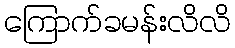
ကြောက်ခမန်းလိလိ